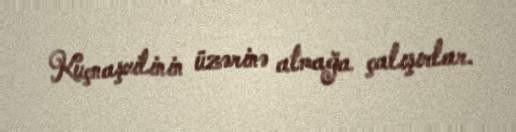
Kuçnaşvilinin üzərinə atmağa çalışırlar.